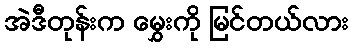
အဲဒီတုန်းက မွှေးကို မြင်တယ်လား